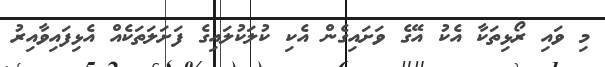
މި ވައި ރޯޅިތަކާ އެކު އޭގެ ވަށައިގެން އެކި ކުލަކުލައިގެ ފަށަލަތަކެއް އެޅިފައިވާއިރު